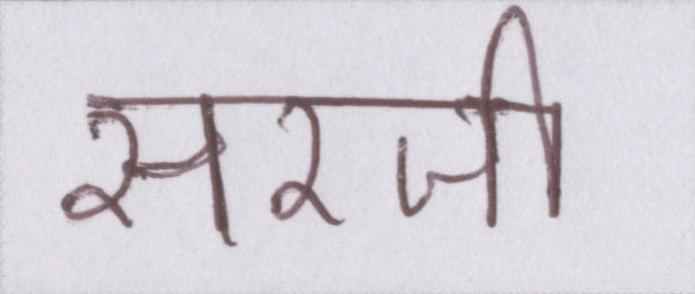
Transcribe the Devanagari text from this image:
सरजी